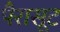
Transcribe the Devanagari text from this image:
पैरासूट